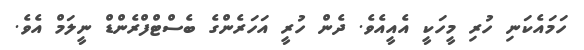
ހަމައެކަނި ހުރި މީހަކީ އެއީއެވެ. ދެން ހުރީ އަހަރެންގެ ބެސްޓްފްރެންޑް ނީލަމް އެވެ.